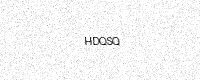
Text: HDQSQ